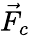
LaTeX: \vec{F}_{c}